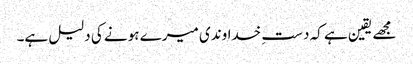
مجھے یقین ہے کہ دستِ خداوندی میرے ہونے کی دلیل ہے۔